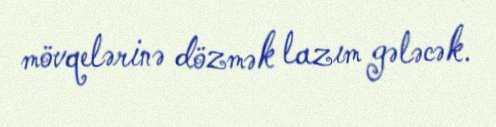
mövqelərinə dözmək lazım gələcək.